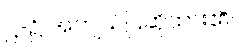
ဋ္ဌ-၌ အကျယ်ပြဆိုထား၏။